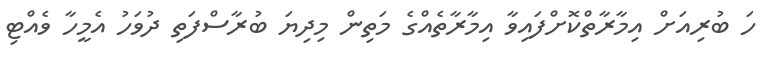
ހަ ބުރިއަށް އިމާރާތްކޮށްފައިވާ އިމާރާތެއްގެ މަތިން މިދިޔަ ބުރާސްފަތި ދުވަހު އެމީހާ ވެއްޓި